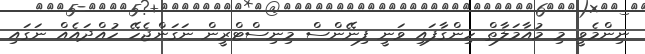
ނިންމެވީ މި މުއާމަލާތް ހިންގާފައި ވަނީ ފިނޭންސް މިނިސްޓްރީން ނަގަންޖެހޭ ހުއްދައެއް ނަގައި